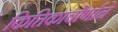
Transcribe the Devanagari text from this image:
कित्तिकाचोर्णाने